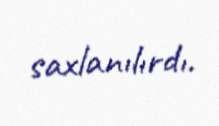
saxlanılırdı.